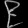
Digit: ၉